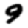
Digit: 9